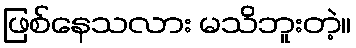
ဖြစ်နေသလား မသိဘူးတဲ့။